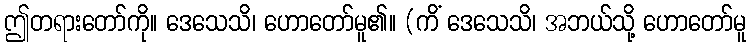
ဤတရားတော်ကို။ ဒေသေသိ၊ ဟောတော်မူ၏။ (ကိံ ဒေသေသိ၊ အဘယ်သို့ ဟောတော်မူ